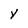
Character: Y